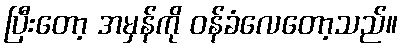
ပြီးတော့ အမှန်ကို ဝန်ခံလေတော့သည်။